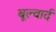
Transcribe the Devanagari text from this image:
बूल्वार्द